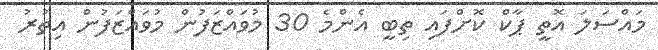
މައްސަލަ އޮތީ ޕާކް ކޮށްފައި ތިބީ އެންމެ 30 މުވައްޒަފުން މުވައްޒަފުން އިތުރު